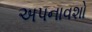
અપનાવશો